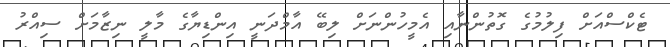
ޓެކްސްއަށް ފިލުމުގެ ގޮތުންނާއި އެމީހުންނަށް ލިބޭ އާމްދަނީ އިންޑިޔާގެ މާލީ ނިޒާމަށް ސިއްރު